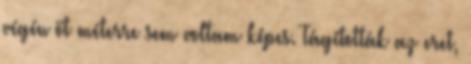
végén öt méterre sem voltam képes. Tágították az eret,